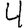
Digit: 4